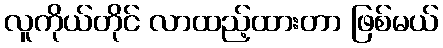
လူကိုယ်တိုင် လာထည့်ထားတာ ဖြစ်မယ်